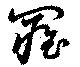
罹